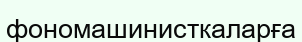
фономашинисткаларға